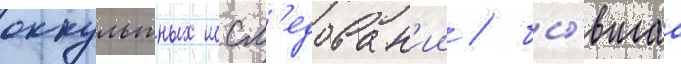
оккультных иссл'едован'ии / бы́вшаа